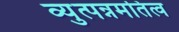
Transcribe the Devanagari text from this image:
व्युत्पन्नमतित्व